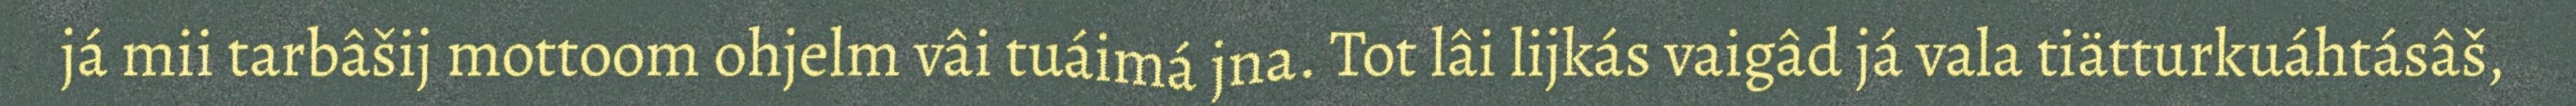
já mii tarbâšij mottoom ohjelm vâi tuáimá jna. Tot lâi lijkás vaigâd já vala tiätturkuáhtásâš,